Report on vaccination in Madras 1877-1894 - 1877-1894
Year: 1877
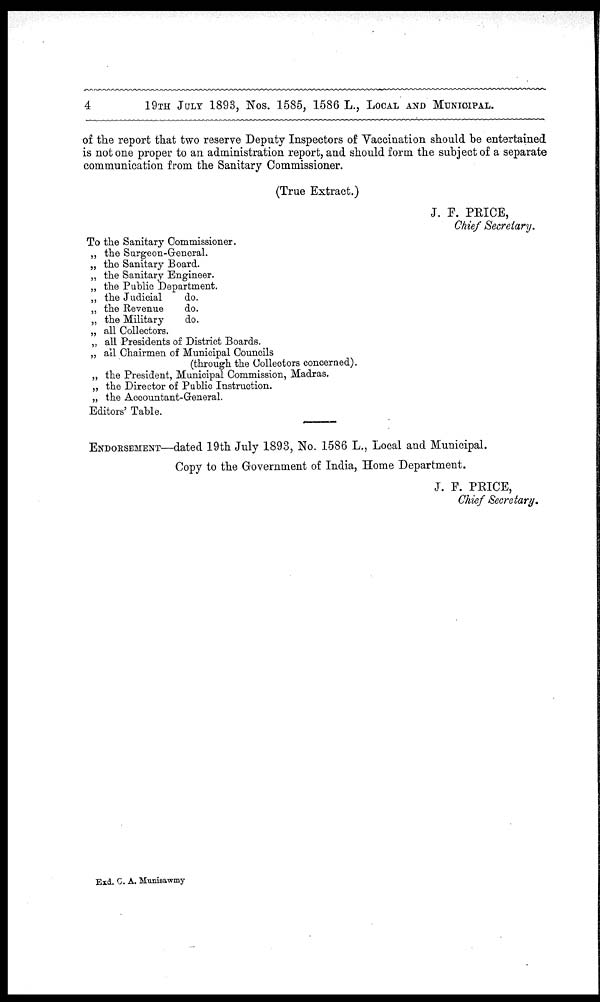
4
19TH JULY 1893, Nos. 1585, 1586 L., LOCAL AND MUNICIPAL.
of the report that two reserve Deputy Inspectors of Vaccination should be entertained
is not one proper to an administration report, and should form the subject of a separate
communication from the Sanitary Commissioner.
(True Extract.)
J. F. PRICE,
Chief Secretary.
To the Sanitary Commissioner.
„ the Surgeon-General.
„ the Sanitary Board.
„ the Sanitary Engineer.
„ the Public Department.
„ the Judicial
do.
„ the Revenue
do.
„ the Military
do.
„ all Collectors.
„ all Presidents of District Boards.
„ all Chairmen of Municipal Councils
(through the Collectors concerned).
„ the President, Municipal Commission, Madras.
„ the Director of Public Instruction.
„ the Accountant-General.
Editors' Table.
ENDORSEMENT—dated 19th July 1893, No. 1586 L., Local and Municipal.
Copy to the Government of India, Home Department.
J. F. PRICE,
Chief Secretary.
Exd. C. A. Munisawmy